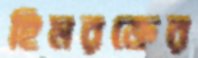
হিমরক্তের